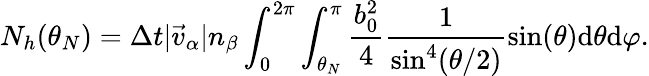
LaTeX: N_{h}(\theta_{N})=\Delta t|\vec{v}_{\alpha}|n_{\beta}\int_{0}^{2\pi}\int_{\theta_{N}}^{\pi}\frac{b_{0}^{2}}{4}\frac{1}{\sin^{4}(\theta/2)}\sin(\theta)\mathrm{d}\theta\mathrm{d}\varphi.